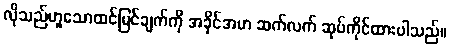
လိုသည်ဟူသောထင်မြင်ချက်ကို အခိုင်အမာ ဆက်လက် ဆုပ်ကိုင်ထားပါသည်။